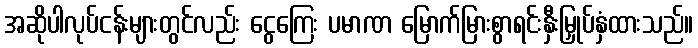
အဆိုပါလုပ်ငန်းများတွင်လည်း ငွေကြေး ပမာဏ မြောက်မြားစွာရင်းနှီးမြှုပ်နှံထားသည်။